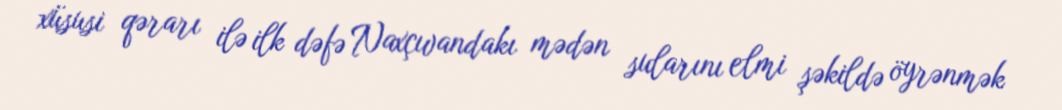
xüsusi qərarı ilə ilk dəfə Naxçıvandakı mədən sularını elmi şəkildə öyrənmək